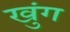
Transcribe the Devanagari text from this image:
खुंग